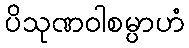
ပိသုဏဝါစမ္ပာဟံ